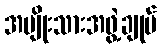
အမျိုးသားအဖွဲ့ချုပ်